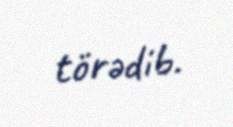
törədib.